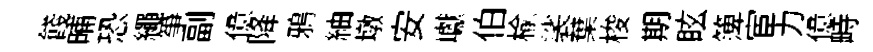
餞晡恐繩筝副億降鴉紬墩安巘伯楡裟葉梭期眩𥱼宦力億畤